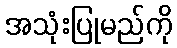
အသုံးပြုမည်ကို